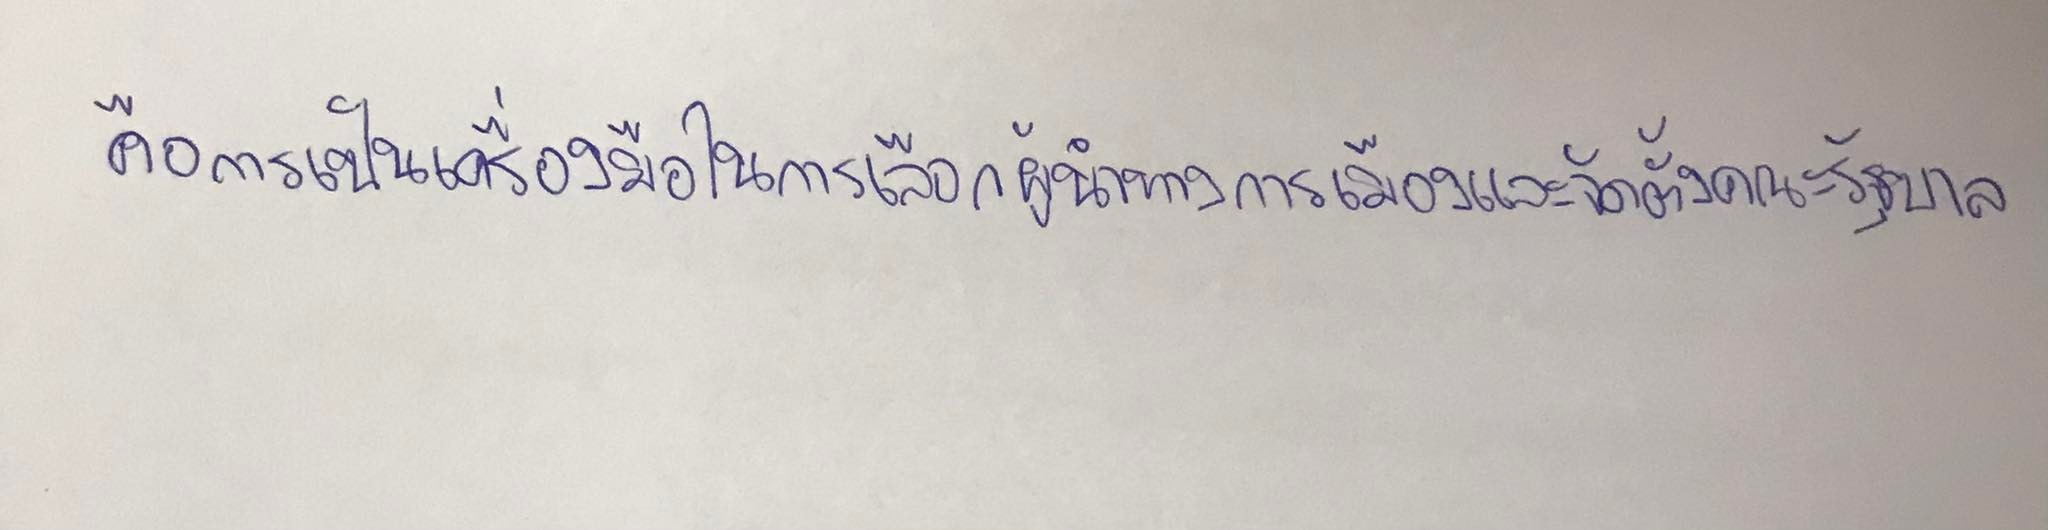
คือการเป็นเครื่องมือในการเลือกผู้นำทางการเมืองและจัดตั้งคณะรัฐบาล.